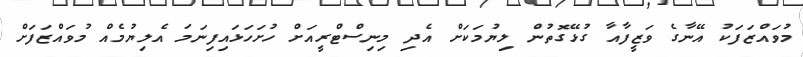
މުވައްޒަފަކު އޭނާގެ ވަޒީފާއާ ގުޅޭގޮތުން ލިޔުމަކަށް އެދި މިނިސްޓްރީއަށް ހުށަހަޅައިފިނަމަ އެލިޔުމެއް މުވައްޒަފަށް